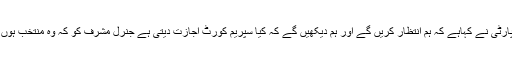
تو پیپلز پارٹی نے کہاہے کہ ہم انتظار کریں گے اور ہم دیکھیں گے کہ کیا سپریم کورٹ اجازت دیتی ہے جنرل مشرف کو کہ وہ منتخب ہوں کہ نہیں۔